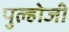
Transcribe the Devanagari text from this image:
पुल्होजी